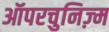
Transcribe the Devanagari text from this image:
ऑपरचुनिज़्म